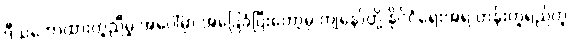
ဒီသဘောထားတူညီမှု အပေါ်မှာ အခြေခံပြီးတော့မှ ကျနော်တို့ နိုင်ငံရေးအရ တန်းတူရည်တူ